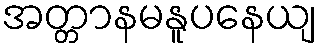
အတ္တာနမနူပနေယျ